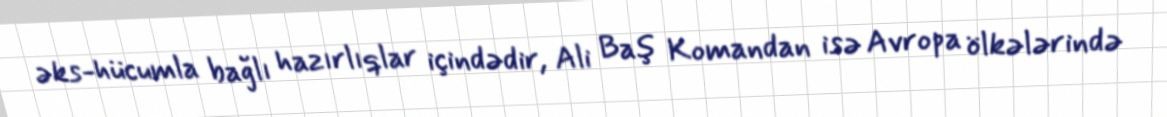
əks-hücumla bağlı hazırlıqlar içindədir, Ali Baş Komandan isə Avropa ölkələrində